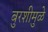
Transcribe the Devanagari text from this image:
बुरशीमुळे